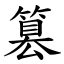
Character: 篡